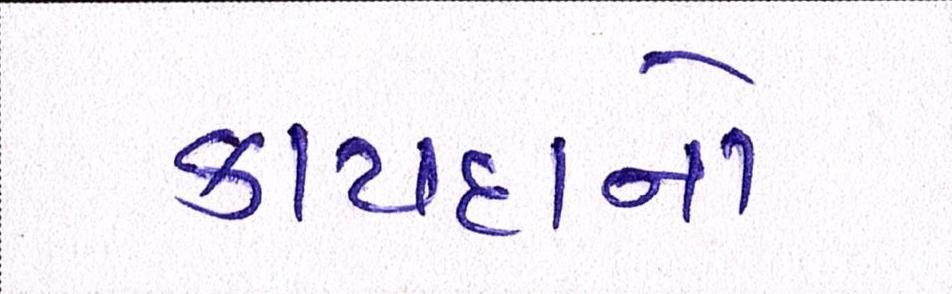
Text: કાયદાનો